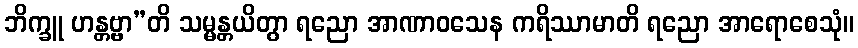
ဘိက္ခူ ဟန္တဗ္ဗာ”တိ သမ္မန္တယိတွာ ရညော အာဏာဝသေန ကရိဿာမာတိ ရညော အာရောစေသုံ။